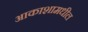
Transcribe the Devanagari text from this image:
आकाशामधील